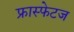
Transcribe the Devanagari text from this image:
फ्रास्फेटज